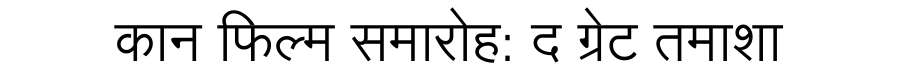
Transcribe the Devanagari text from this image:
कान फिल्म समारोह: द ग्रेट तमाशा